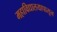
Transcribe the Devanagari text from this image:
महाविद्यालयापासून